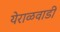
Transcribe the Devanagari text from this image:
येराळवाडी